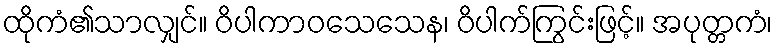
ထိုကံ၏သာလျှင်။ ဝိပါကာဝသေသေန၊ ဝိပါက်ကြွင်းဖြင့်။ အပုတ္တကံ၊